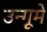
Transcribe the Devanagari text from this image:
उन्गूमे